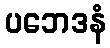
ပဘေဒနံ